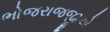
ભોજરાજજીએ